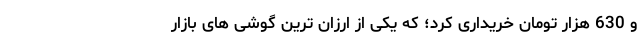
و 630 هزار تومان خریداری کرد؛ که یکی از ارزان ترین گوشی های بازار